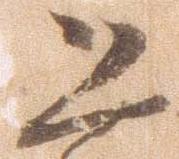
恐